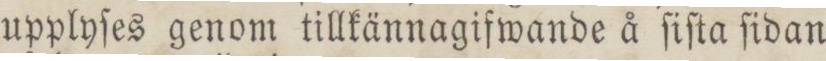
upplyſes genom tillkännagifwande å ſiſta ſidan